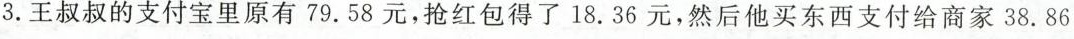
3.王叔叔的支付宝里原有79.58元，抢红包得了18.36元，然后他买东西支付给商家38.86